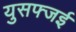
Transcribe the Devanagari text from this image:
युसफ्जई